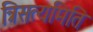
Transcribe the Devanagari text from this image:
त्रिसत्यमिति